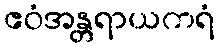
ဧဝံအန္တရာယကရံ